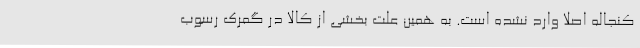
کنجاله اصلا وارد نشده است. به همین علت بخشی از کالا در گمرک رسوب